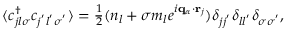
\begin{array} { r } { \langle c _ { j l \sigma } ^ { \dagger } c _ { j ^ { ' } l ^ { ' } \sigma ^ { ' } } \rangle = \frac { 1 } { 2 } ( n _ { l } + \sigma m _ { l } e ^ { i \mathbf { q } _ { \alpha } \cdot \mathbf { r } _ { j } } ) \delta _ { j j ^ { ' } } \delta _ { l l ^ { ' } } \delta _ { \sigma \sigma ^ { ' } } , } \end{array}